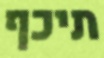
תיכף